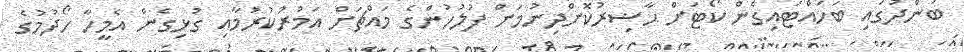
ބަންދުގައި ބަހައްޓައިގެން ކޯޓަށް ޙާޟިރުކޮށްދިނުމަށް ފުލުހުންގެ މައްޗަށް އަމުރުކުރުމާއި ގުޅިގެން އެމީހާ ހޯދުމުގެ